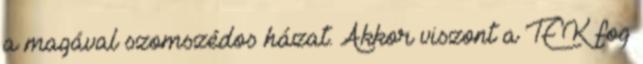
a magával szomszédos házat. Akkor viszont a TEK fog